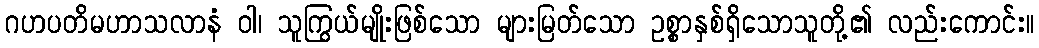
ဂဟပတိမဟာသလာနံ ဝါ၊ သူကြွယ်မျိုးဖြစ်သော များမြတ်သော ဥစ္စာနှစ်ရှိသောသူတို့၏ လည်းကောင်း။